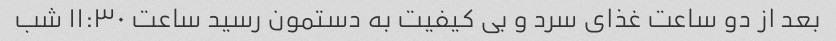
بعد از دو ساعت غذای سرد و بی کیفیت به دستمون رسید ساعت ١١:٣٠ شب